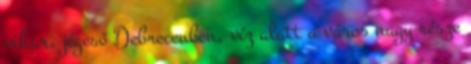
vihar, jégeső Debrecenben, víz alatt a város nagy része